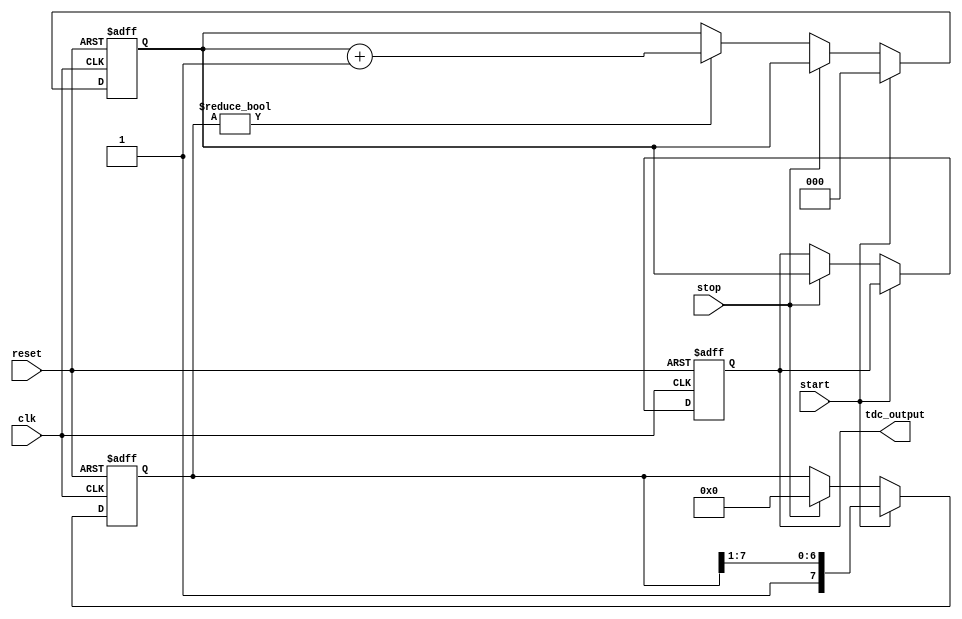
module tdc_delay_line #(
    parameter NUM_DELAY_ELEMENTS = 8, // Number of delay elements
    parameter DELAY_WIDTH = 3          // Width of the output register (log2(NUM_DELAY_ELEMENTS))
)(
    input wire clk,                     // Clock signal
    input wire reset,                   // Reset signal
    input wire start,                   // Start signal
    input wire stop,                    // Stop signal
    output reg [DELAY_WIDTH-1:0] tdc_output // Output digital code
);

    // Delay line array
    reg [NUM_DELAY_ELEMENTS-1:0] delay_line;
    reg [DELAY_WIDTH-1:0] delay_counter;

    // Control logic
    always @(posedge clk or posedge reset) begin
        if (reset) begin
            // Reset the delay line and output
            delay_line <= 0;
            tdc_output <= 0;
            delay_counter <= 0;
        end else begin
            if (start) begin
                // Start the delay line
                delay_line <= {1'b1, delay_line[NUM_DELAY_ELEMENTS-1:1]}; // Shift in the start signal
                delay_counter <= 0; // Reset counter
            end else if (stop) begin
                // Capture the output when stop is received
                tdc_output <= delay_counter;
                delay_line <= 0; // Clear the delay line
            end else if (delay_line != 0) begin
                // Increment the counter for each clock cycle while delay line is active
                delay_counter <= delay_counter + 1;
            end
        end
    end

endmodule